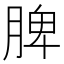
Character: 脾